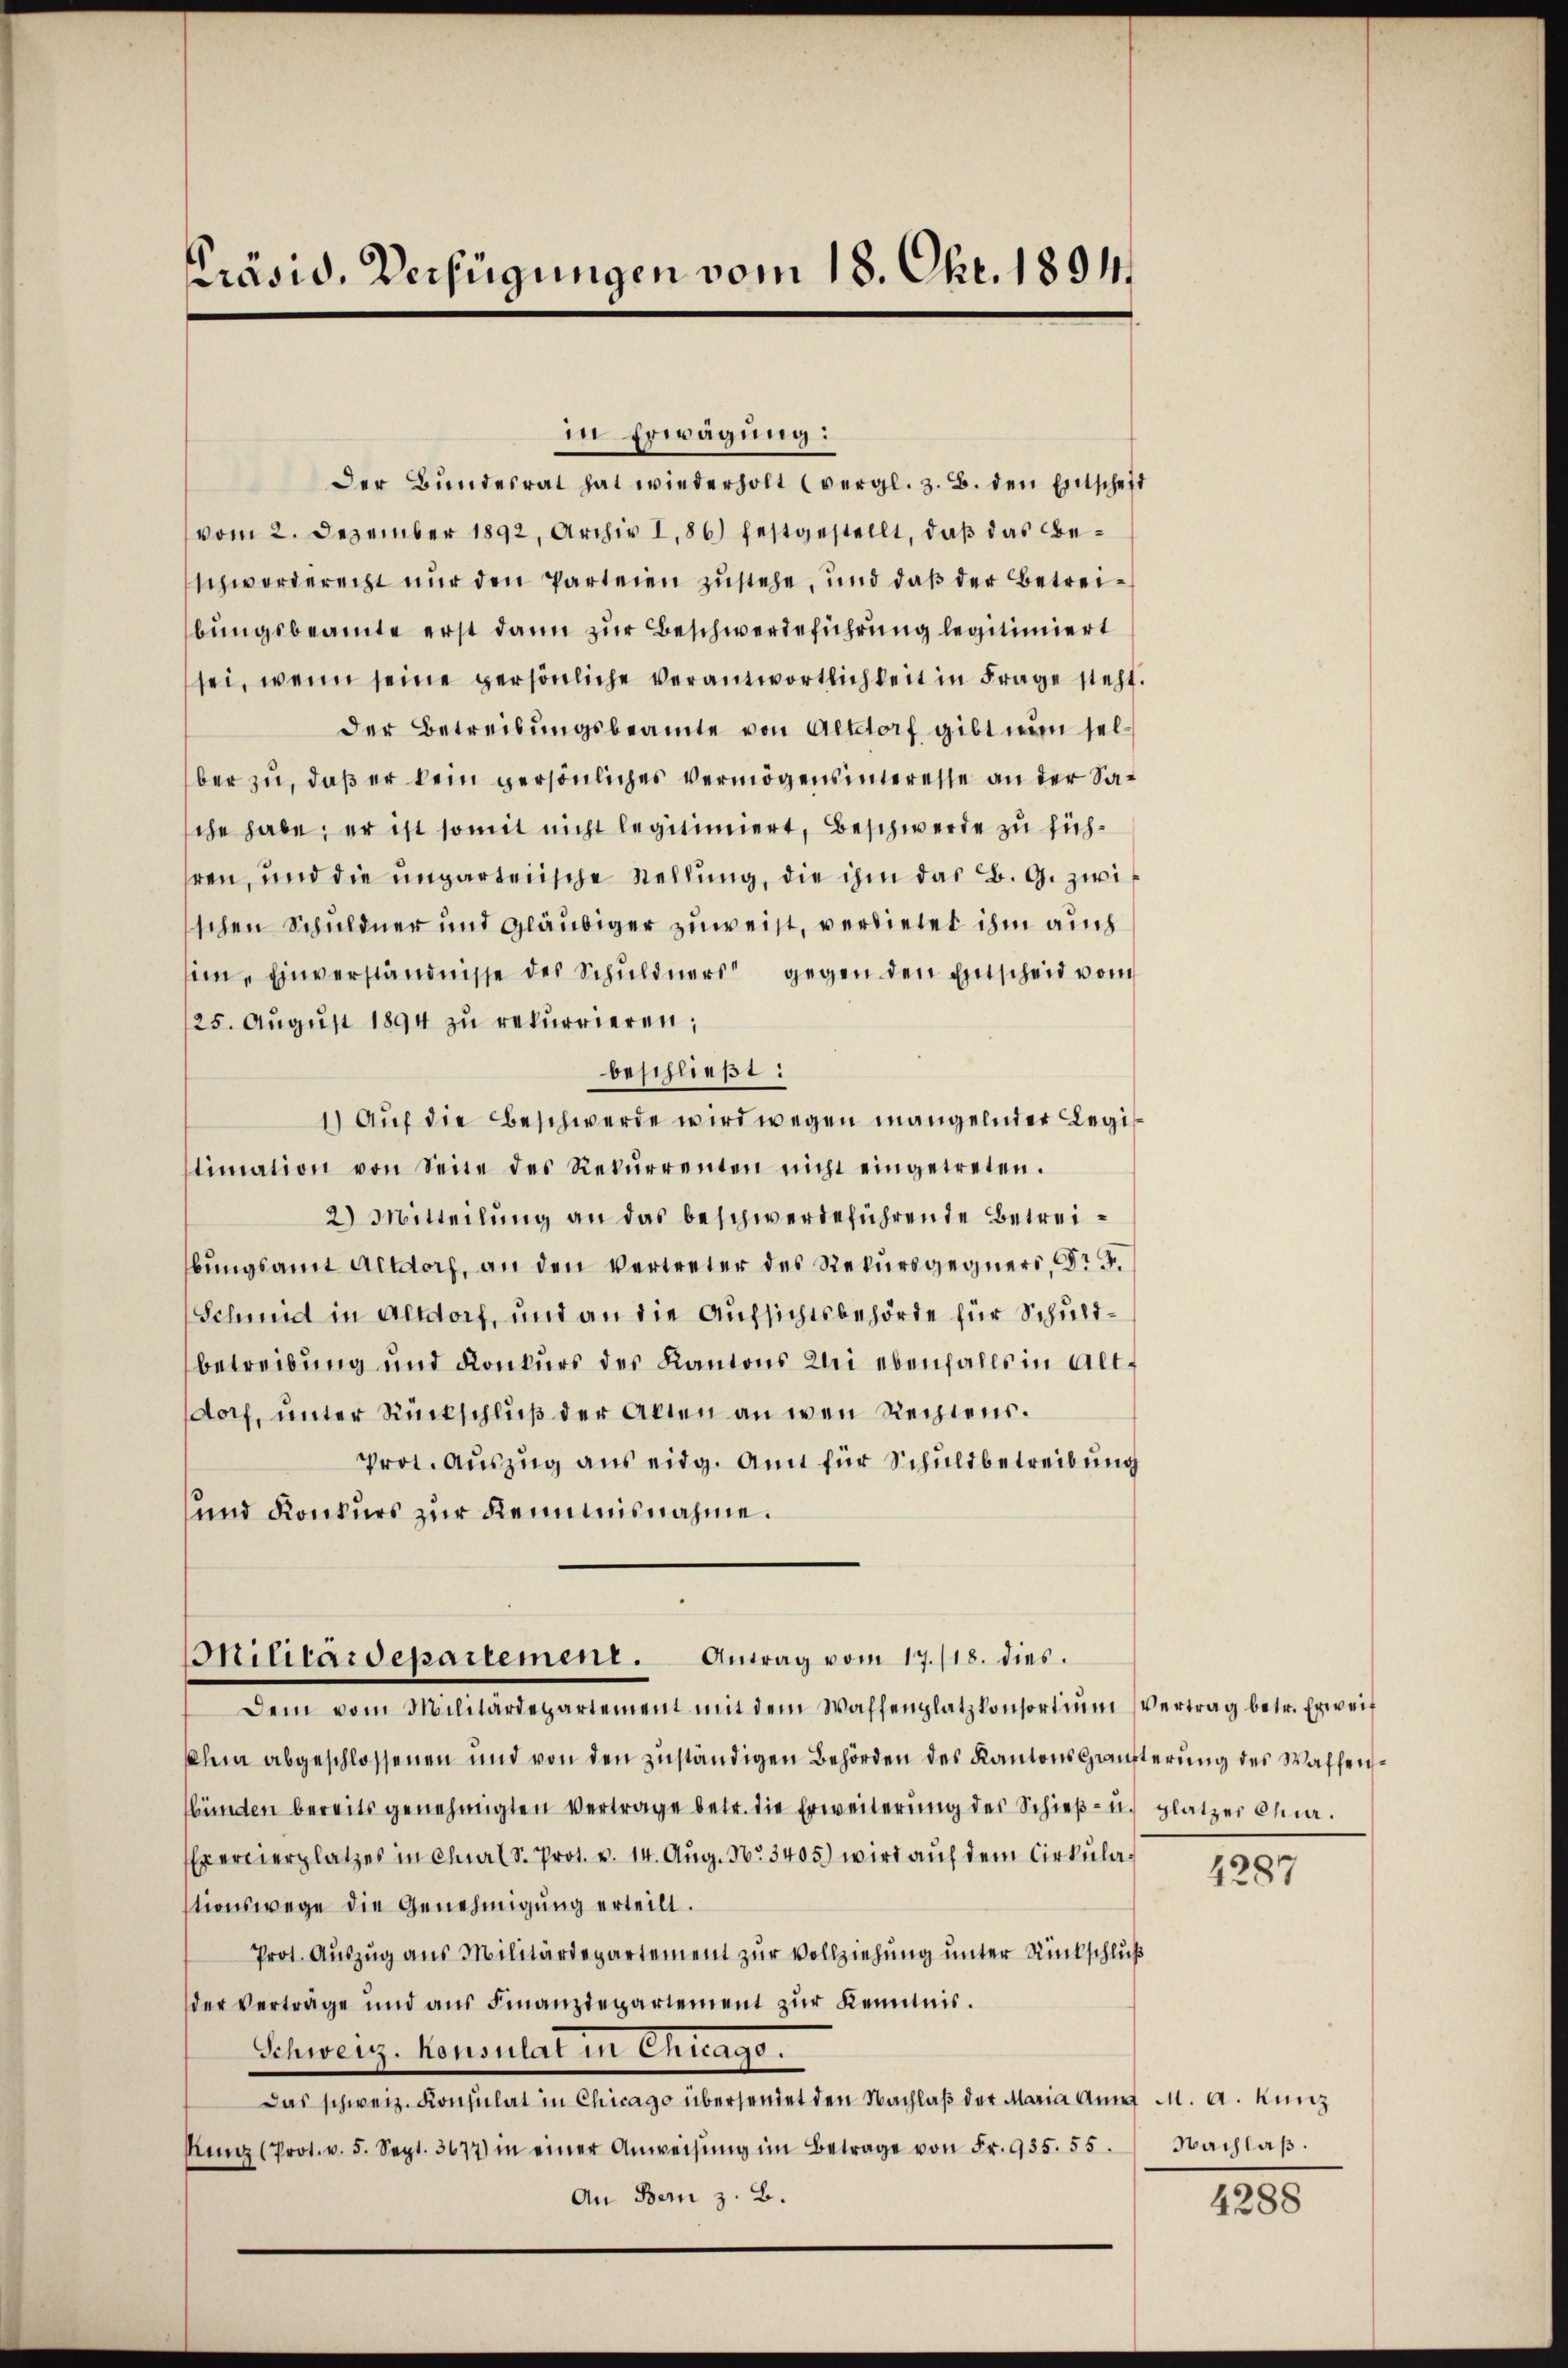
Präsid. Verfügungen vom 18. Okt. 1894.

in Erwägung:
Der Bundesrat hat wiederholt (vergl. z. B. den Entscheit
vom 2. Dezember 1892, Archiv I,86) festgestellt, daß das Beschworderecht nur den Parteien zustehe, und daß der Betreibungsbeamte erst dann zur Beschwerdeführung legitimiert
sei, wenn seine persönliche Verantwortlichkeit in Frage steht.
der Betreibungsbeamte von Altdorf gibt nun selber zu, daß er kein persönliches Vermögensinteresse an der Sasche habe; er ist somit nicht legitimiert, Beschwerde zu sichhren, und die ungarteiische Stellung, die ihm das B. G. zwischen Schuldner und Gläubiger zuweist, verdietet ihm auch
sie. Einverständnisse des Schuldners gegen den Entscheid vom
25. Aŭgŭst 1894 zu rekurrieren;
beschließt:
1) Aŭf die Beschwerde wird wegen mangelnder Legis
timation von Seite des Rekŭrrenten nicht eingetreten.
2) Mitteilung an das beschwerdeführende Betreibŭngsamt Altdorf, an den Vertreter des Rekursgegners, Fr. 5.
Schmid in Altdorf, und an die Aufsichtsbehörde für Schuldbetreibung und Konkurs des Kantons bei ebenfalls in Altdorf, unter Rückschluß der Akten an wen Rechtens.
prot. Aŭszŭg aŭs eidg. Amt für Schuldbetreibung
und Konkurs zur Kenntnisnahme.
Militärdepartement. Antrag vom 17./18. dies
Dem vom Militärdepartement mit dem Waffenplatzkonsortiŭm Vertrag betr. Erweit
klein abgeschlossenen und von den zuständigen Behörden des Kantons Häuterung des Waffenbünden bereits genehmigten Vertrage betr. die Erweiterung des Schieβ- u. platzer Chi¬
Exercierplatzes in Chur (S. Prot. v. 14. Aŭg. No. 3405) wird auf dem Cirkulationswege die Genehmigung erteilt.
Prot. Aŭszŭg ans Militärdepartement zŭr Vollziehung unter Rückschluß
der Verträge und aus Finanzdepartement zur Kenntnis.
Schweiz. Konsulat in Chicago.
Das schweiz. Konsulat in Chicago übersendet den Nachlaß der Maria Ann M. A. Kunz
Kunz (Prot. v. 5. Sept. 3677) in einer Anweisŭng im Betrage von Fr. 935. 55.
An Bern z. B.

4287

Nachlaß.

4288